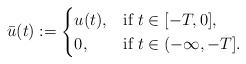
\begin{align*}\bar{u}(t):= \begin{cases}u(t),& \mbox{if } t \in [-T,0],\\ 0, & \mbox{if } t \in (-\infty,-T].\end{cases}\end{align*}